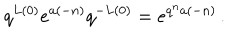
q ^ { L ( 0 ) } e ^ { a ( - n ) } q ^ { - L ( 0 ) } = e ^ { q ^ { n } a ( - n ) } \, .